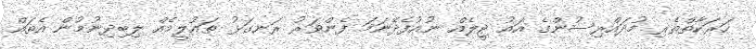
ހަރަކާތްތެރި މުދައްރިސުންގެ އައު ޖީލެއް ނުއުފެދޭނަމަ ފެންވަރު ރަނގަޅު ތައުލީމެއް ލިބިދިނުމުން އެތައް